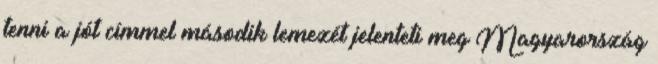
tenni a jót címmel második lemezét jelenteti meg Magyarország